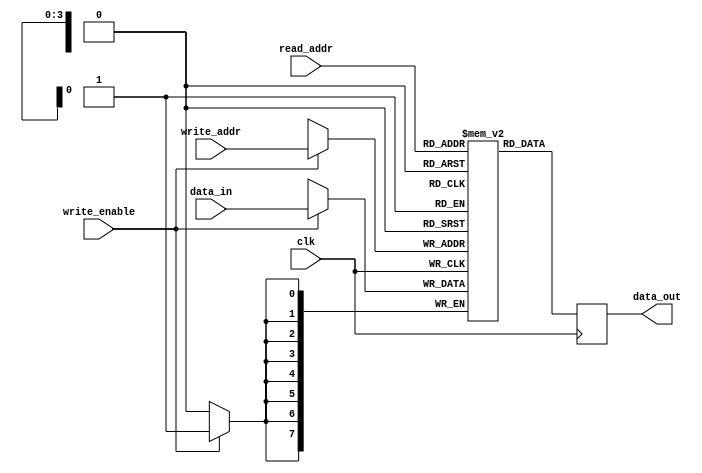
module register_file (
  input wire clk,
  input wire [3:0] read_addr,
  input wire [3:0] write_addr,
  input wire write_enable,
  input wire [7:0] data_in,
  output reg [7:0] data_out
);

reg [7:0] registers [15:0];

always @(posedge clk) begin
  if(write_enable) begin
    registers[write_addr] <= data_in;
  end
  data_out <= registers[read_addr];
end

endmodule